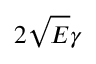
2 \sqrt { E } \gamma